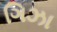
ગિઝા